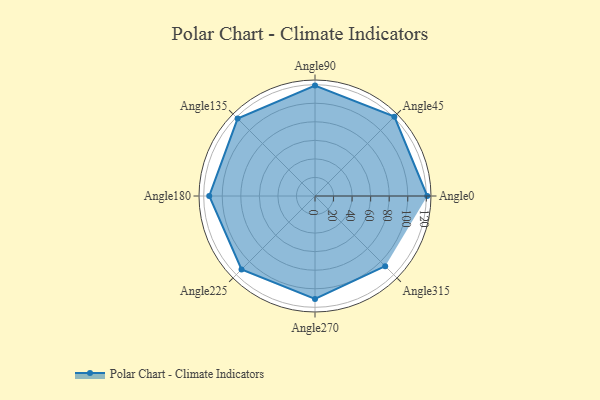
{"axis": {"x": "Angle", "y": "Radius"}, "legend": [""], "data": [{"x": "Angle0", "y": 121.0, "type": ""}, {"x": "Angle45", "y": 121.0, "type": ""}, {"x": "Angle90", "y": 119.0, "type": ""}, {"x": "Angle135", "y": 118.0, "type": ""}, {"x": "Angle180", "y": 114.0, "type": ""}, {"x": "Angle225", "y": 112.0, "type": ""}, {"x": "Angle270", "y": 111.0, "type": ""}, {"x": "Angle315", "y": 107.0, "type": ""}]}